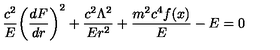
{ \frac { c ^ { 2 } } { E } } \biggl ( { \frac { d F } { d r } } \biggr ) ^ { 2 } + { \frac { c ^ { 2 } \Lambda ^ { 2 } } { E r ^ { 2 } } } + { \frac { m ^ { 2 } c ^ { 4 } f ( x ) } { E } } - E = 0